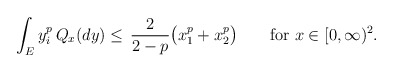
\begin{align*}\begin{aligned}\int_E y_i^p\, Q_x(dy)&\leq\,\frac{2}{2-p}\big(x_1^p+x_2^p\big)\qquad\mbox{for }x\in[0,\infty)^2.\end{aligned}\end{align*}